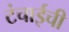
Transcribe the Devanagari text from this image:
टंचाईची